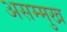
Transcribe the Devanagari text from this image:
असम्मुख